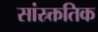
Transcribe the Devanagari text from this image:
सांस्र्क्ततिक